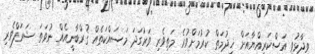
ވިދާޅުވީ އަސްކަރިއްޔާއަށް ޚިދުމަތް ކުރުމަށްވުރެ މަތިވެރި ވަރުގަދަ މަސައްކަތެއް ޤުރްބާނީއެއް ނުވަތަ ޝަރަފްވެރި